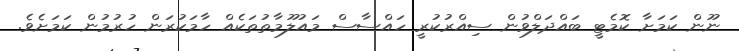
ނޫން ކަމަށާ ކޮމެޓީ ބައްދަލްވުން ސިއްރުކުރީ ހައްސާސް މައުލޫމާތުތަކެއް ހާމަކުރަން ހުރުމުން ކަމަށެވެ.